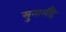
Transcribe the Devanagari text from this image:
सुनामीहै